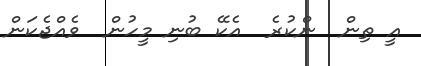
އީ ތިން  ންކުރެ  އެކޭ ބުނި މީހުން  ވެއްޖެކަން